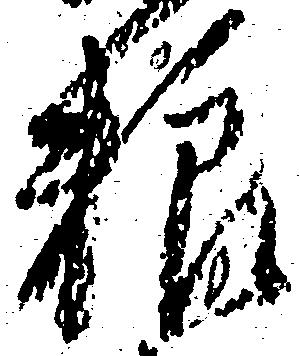
粮